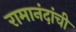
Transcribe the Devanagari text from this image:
रामानंदांची